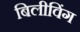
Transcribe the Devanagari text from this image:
बिलीविंग